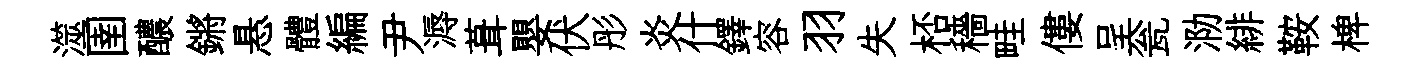
澨圉醲鏘悬體編尹溽葺嬰伏彤炎什鐸容羽失桮穡畦僂呈瓮泐緋鞍椑